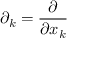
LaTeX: \partial _ { k } = { \frac { \partial } { \partial x _ { k } } }